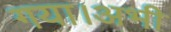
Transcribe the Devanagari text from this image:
गया।अभी